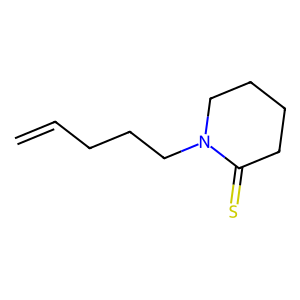
SMILES: C=CCCCN1CCCCC1=S
Inhibits HIV replication: No